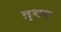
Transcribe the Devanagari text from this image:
व्रुथम